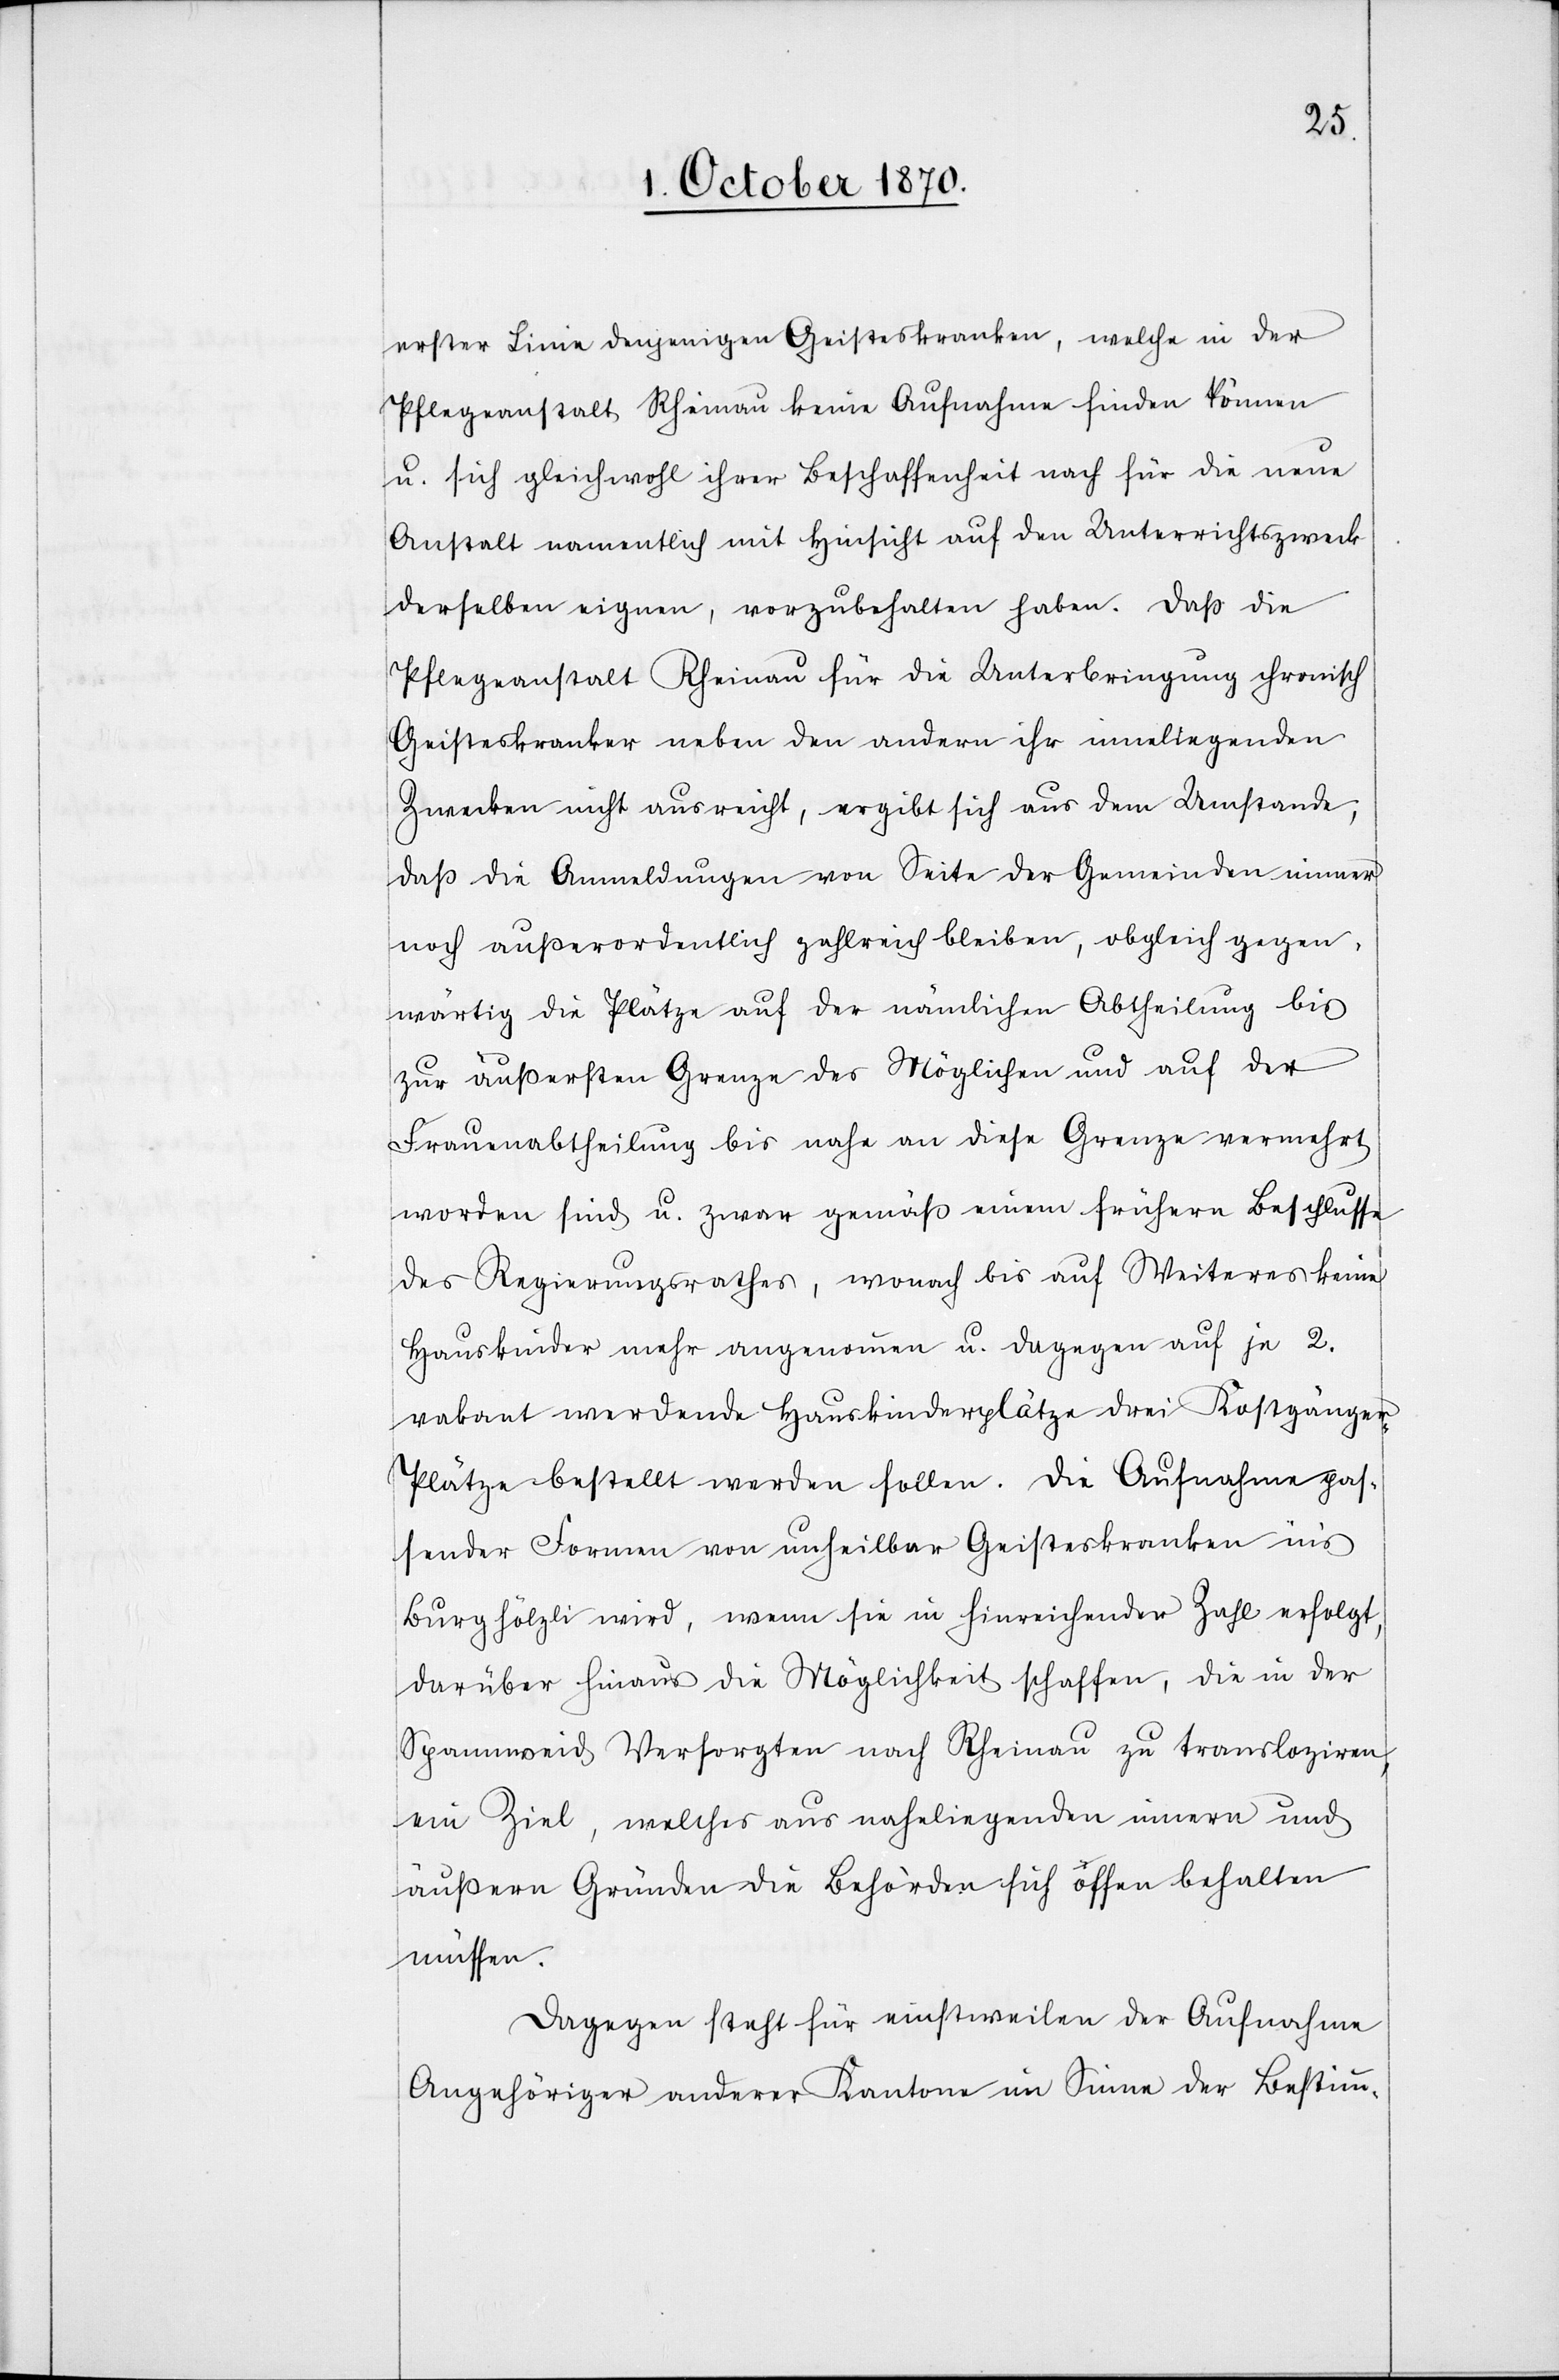
erster Linie denjenigen Geisteskranken, welche in der
Pflegeanstalt Rheinau keine Aufnahme finden können
u. sich gleichwohl ihrer Beschaffenheit nach für die neue
Anstalt namentlich mit Hinsicht auf den Unterrichtszweck
derselben eignen, vorzubehalten haben. Daß die
Pflegeanstalt Rheinau für die Unterbringung chronisch
Geisteskranker neben den andern ihr inneliegenden
Zwecken nicht ausreicht, ergibt sich aus dem Umstande,
daß die Anmeldungen von Seite der Gemeinden immer
noch außerordentlich zahlreich bleiben, obgleich gegen¬
wärtig die Plätze auf der nämlichen Abtheilung bis
zur äußersten Grenze des Möglichen und auf der
Frauenabtheilung bis nahe an diese Grenze vermehrt
worden sind u. zwar gemäß einem frühern Beschlusse
des Regierungsrathes, wonach bis auf Weiteres keine
Hauskinder mehr angenommen u. dagegen auf je 2.
vakant werdende Hauskinderplätze drei Kostgänge¬
r-Plätze bestellt werden sollen. Die Aufnahme pas¬
sender Formen von unheilbar Geisteskranken aus
Burghölzli wird, wenn sie in Hinreichender Zahl erfolgt,
darüber hinaus die Möglichkeit schaffen, die in der
Spannweid Versorgten nach Rheinau zu transloziren,
ein Ziel, welches aus naheliegenden innern und
äußern Gründen die Behörden sich offen behalten
müssen.
Dagegen steht für einstweilen der Aufnahme
Angehöriger anderer Kantone im Sinne der Bestim-